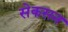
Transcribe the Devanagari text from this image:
सेकसन